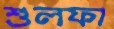
শুলফা